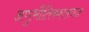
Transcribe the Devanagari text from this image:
अणुभौतिकशास्त्रज्ञ